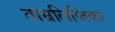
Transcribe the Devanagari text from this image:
ताम्रलिप्तिका